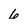
Character: 6